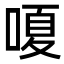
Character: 嗄